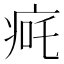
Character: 𬏨